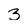
Character: 3